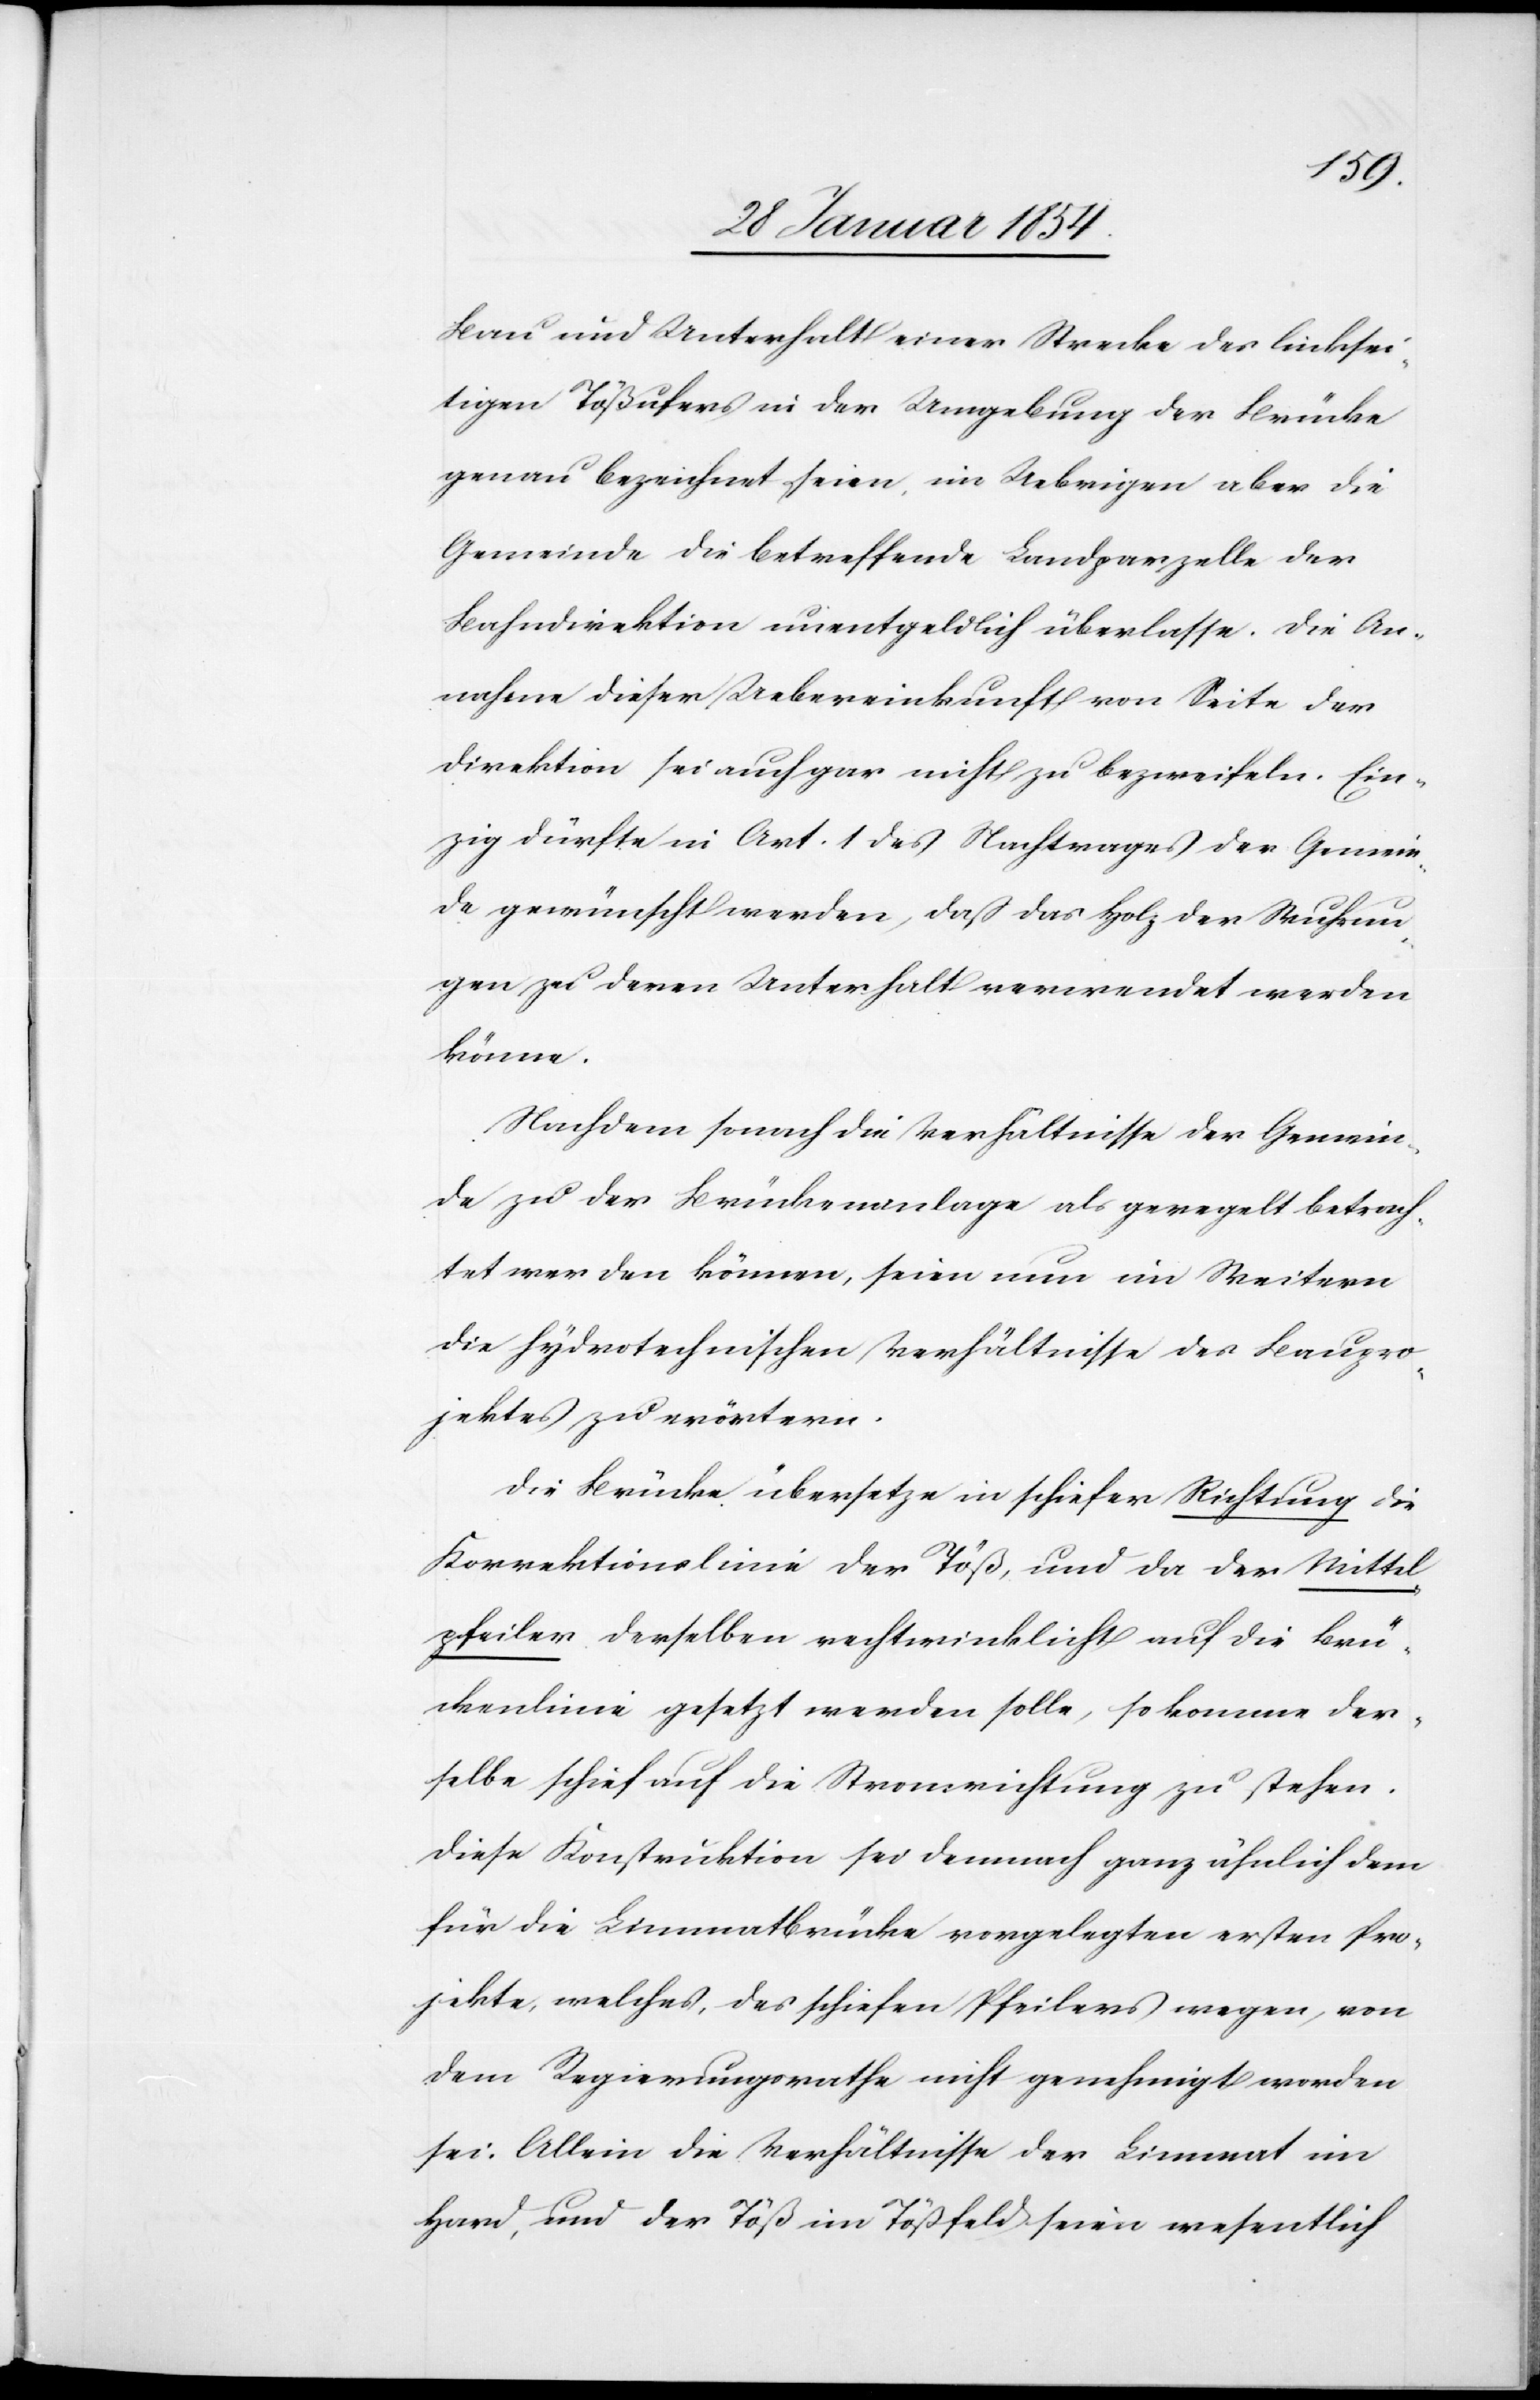
Bau und Unterhalt einer Strecke des linksei¬
tigen Tößufers in der Umgebung der Brücke
genau bezeichnet seien, im Uebrigen aber die
Gemeinde die betreffende Landparzelle der
Bahndirektion unentgeldlich überlasse. Die An¬
nahme dieser Uebereinkunft von Seite der
Direktion sei auch gar nicht zu bezweifeln. Ein¬
zig dürfte in Art. 1 des Nachtrages der Gemein¬
de gewünscht werden, daß das Holz der Wuhrun¬
gen zu deren Unterhalt verwendet werden
könne.
Nachdem sonach die Verhältnisse der Gemein¬
de zu der Brückenanlage als geregelt betrach¬
tet werden können, seien nun im Weiteren
die hydrotechnischen Verhältnisse des Baupro¬
jektes zu erörtern.
Die Brücke übersetze in schiefer Richtung die
Korrektionslinie der Töß, und da der Mittel¬
pfeiler derselben rechtwinklicht auf die Brü¬
ckenlinie gesetzt werden solle, so komme der¬
selbe schief auf die Stromrichtung zu stehen.
Diese Konstruktion sei demnach ganz ähnlich dem
für die Limmatbrücke vorgelegten ersten Pro¬
jekte, welches, des schiefen Pfeilers wegen, von
dem Regierungsrathe nicht genehmigt worden
sei. Allein die Verhältnisse der Limmat im
Hard, und der Töß im Tößfeld seien wesentlich